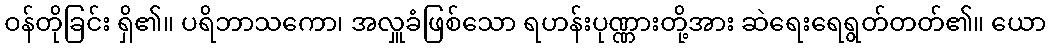
ဝန်တိုခြင်း ရှိ၏။ ပရိဘာသကော၊ အလှူခံဖြစ်သော ရဟန်းပုဏ္ဏားတို့အား ဆဲရေးရေရွတ်တတ်၏။ ယော